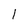
Character: 1